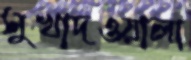
সুখাদওয়ালা